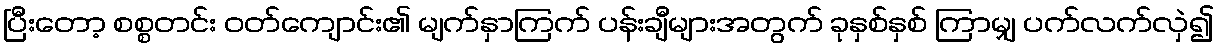
ပြီးတော့ စစ္စတင်း ဝတ်ကျောင်း၏ မျက်နှာကြက် ပန်းချီများအတွက် ခုနှစ်နှစ် ကြာမျှ ပက်လက်လှဲ၍